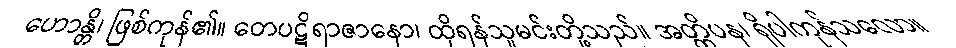
ဟောန္တိ၊ ဖြစ်ကုန်၏။ တေပဋိရာဇာနော၊ ထိုရန်သူမင်းတို့သည်။ အတ္ထိပန၊ ရှိပါကုန်သလော။